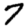
Digit: 7